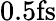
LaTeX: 0.5\mathrm{fs}